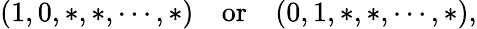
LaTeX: (1,0,*,*,\cdots,*)\quad\mathrm{or}\quad(0,1,*,*,\cdots,*),